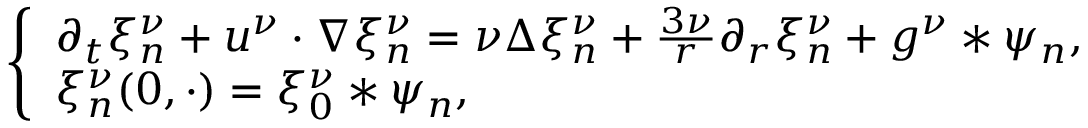
\begin{array} { r } { \left\{ \begin{array} { l l } { \partial _ { t } \xi _ { n } ^ { \nu } + u ^ { \nu } \cdot \nabla \xi _ { n } ^ { \nu } = \nu \Delta \xi _ { n } ^ { \nu } + \frac { 3 \nu } { r } \partial _ { r } \xi _ { n } ^ { \nu } + g ^ { \nu } \ast \psi _ { n } , } \\ { \xi _ { n } ^ { \nu } ( 0 , \cdot ) = \xi _ { 0 } ^ { \nu } * \psi _ { n } , } \end{array} \right. } \end{array}